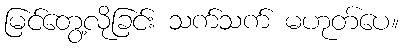
မြင်တွေ့လိုခြင်း သက်သက် မဟုတ်ပေ။